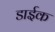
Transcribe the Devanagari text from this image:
डाईक